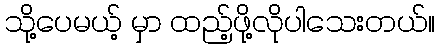
သို့ပေမယ့် မှာ ထည့်ဖို့လိုပါသေးတယ်။